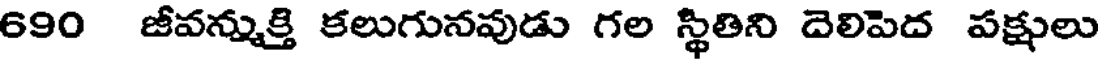
690 జీవన్ముక్తి కలుగునవుడు గల స్థితిని దెలిపెద పక్షులు